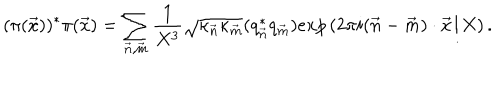
LaTeX: ( \pi ( { \vec { x } } ) ) ^ { * } \pi ( { \vec { x } } ) = \sum _ { \vec { n } , \vec { m } } \frac { 1 } { X ^ { 3 } } { \sqrt { \kappa _ { \vec { n } } \kappa _ { \vec { m } } } } ( q _ { \vec { n } } ^ { * } q _ { \vec { m } } ) e x p \left( 2 \pi i ( { \vec { n } } - { \vec { m } } ) \cdot { \vec { x } } / X \right) .